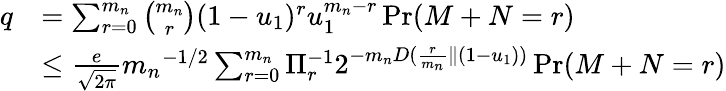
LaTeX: \begin{array}{rl}{q}&{=\sum_{r=0}^{m_{n}}\binom{{m_{n}}}{r}(1-u_{1})^{r}u_{1}^{{m_{n}}-r}\operatorname*{Pr}(M+N=r)}\\ &{\le\frac{e}{\sqrt{2\pi}}{m_{n}}^{-1/2}\sum_{r=0}^{m_{n}}\Pi_{r}^{-1}2^{-{m_{n}}D(\frac{r}{{m_{n}}}\| (1-u_{1}))}\operatorname*{Pr}(M+N=r)}\end{array}